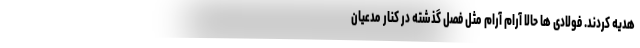
هدیه کردند. فولادی ها حالا آرام آرام مثل فصل گذشته در کنار مدعیان